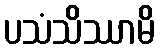
ပသံသိဿာမိ